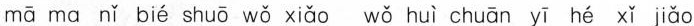
mā ma nǐ bié shuō wǒ xiǎo wǒ huì chuān yī hé xǐ jiǎo